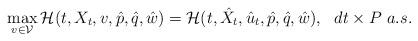
LaTeX: \begin{align*} \max_{v\in \mathcal{V}}\mathcal{H}(t, {X}_{t},v,\hat{p}, \hat{q}, \hat{w})=\mathcal{H}(t, \hat{X}_{t}, \hat{u}_{t},\hat{p}, \hat{q}, \hat{w}) , \mbox{ }\mbox{ } dt \times P \mbox{ } a.s.\end{align*}